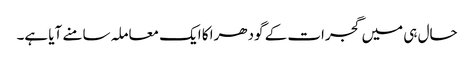
حال ہی میں گجرات کے گودھرا کا ایک معاملہ سامنے آیا ہے۔